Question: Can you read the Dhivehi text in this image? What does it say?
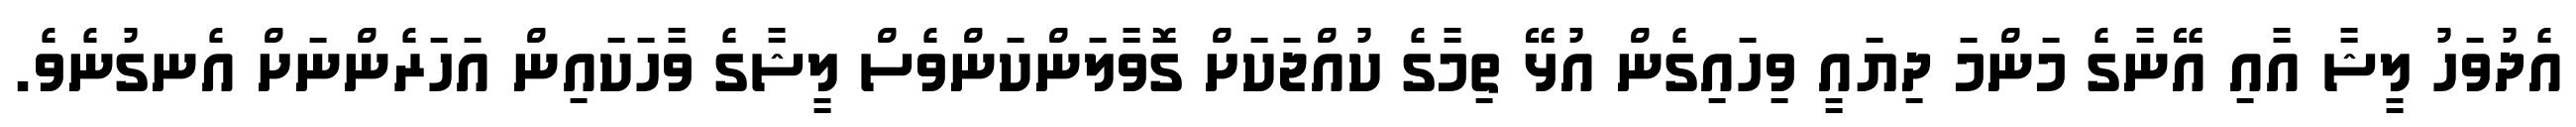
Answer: އެދުވަހު ލީޝާ އާއި އޭނާގެ މަންމަ ދިޔައީ ވިހައިގެން އުޅޭ ތިމާގެ ކުއްޖަކަށް ގޮވާލަންކަންވެސް ލީޝާގެ ވާހަކައިން އަހަރެންނަށް އެނގުނެވެ.